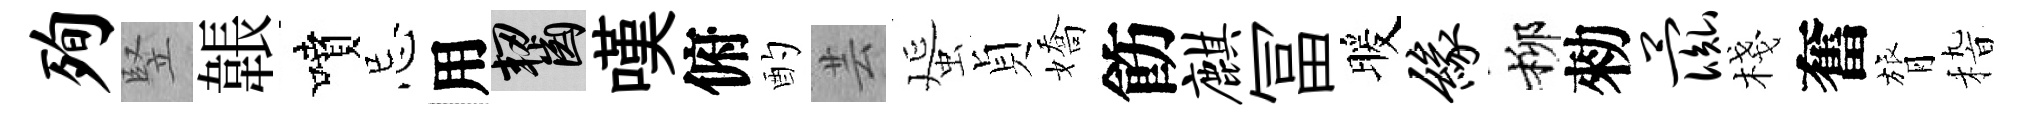
殉竪韔噴忌用齧嘆俯酌芸蜑貞嬌飭麒冨暖缘柳勑彘棧奮膂𥟵